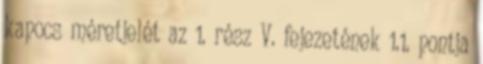
kapocs méretjelét az 1. rész V. fejezetének 1.1. pontja